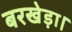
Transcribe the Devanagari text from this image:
बरखेड़ा।